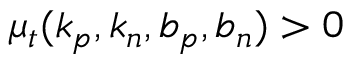
\mu _ { t } ( k _ { p } , k _ { n } , b _ { p } , b _ { n } ) > 0